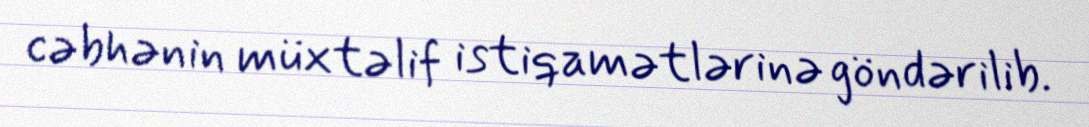
cəbhənin müxtəlif istiqamətlərinə göndərilib.